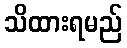
သိထားရမည်